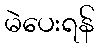
မဲပေးရန်